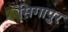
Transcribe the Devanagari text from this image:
सिगापुर